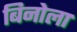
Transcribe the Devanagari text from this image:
बिनोला